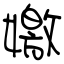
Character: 嬓